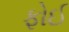
ફોઈ